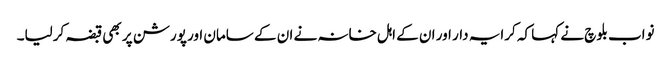
نواب بلوچ نے کہا کہ کرایہ دار اور ان کے اہل خانہ نے ان کے سامان اور پورشن پر بھی قبضہ کرلیا۔